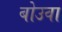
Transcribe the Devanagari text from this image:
बोउवा